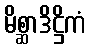
မိစ္ဆာဒိဋ္ဌိကံ